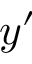
y ^ { \prime }